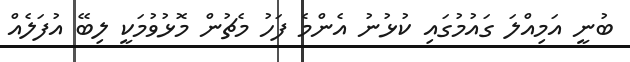
ބުނީ އަމިއްލަ ގައުމުގައި ކުޅުނު އެންމެ ފަހު މެޗުން މޮޅުވުމަކީ ލިބޭ އުފަލެއް